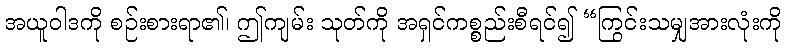
အယူဝါဒကို စဉ်းစားရာ၏၊ ဤကျမ်း သုတ်ကို အရှင်ကစ္စည်းစီရင်၍ “ကြွင်းသမျှအားလုံးကို